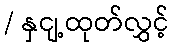
/ နှငျ့ထုတ်လွှင့်